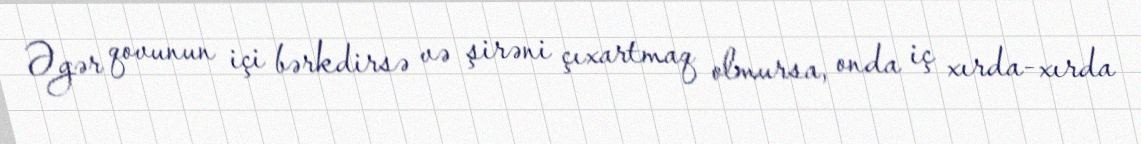
Əgər qovunun içi bərkdirsə və şirəni çıxartmaq olmursa, onda iç xırda-xırda